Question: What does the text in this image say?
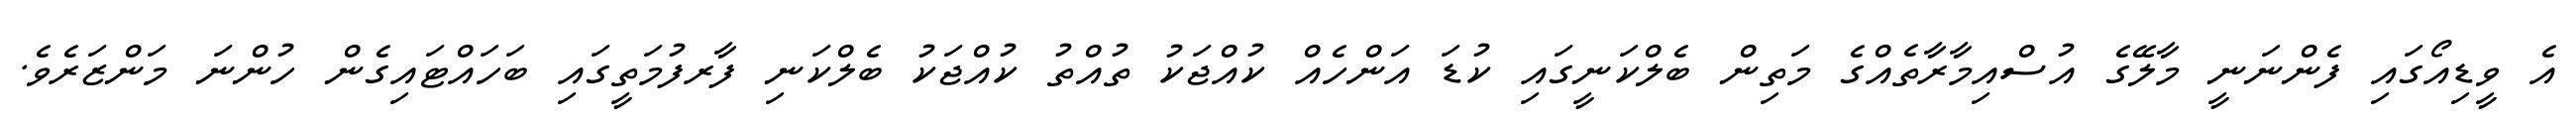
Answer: އެ ވީޑިއޯގައި ފެންނަނީ މާލޭގެ އުސްއިމާރާތެއްގެ މަތިން ބެލްކަނީގައި ކުޑަ އަންހެއް ކުއްޖަކު ތުއްތު ކުއްޖަކު ބެލްކަނި ފާރފުމަތީގައި ބަހައްޓައިގެން ހުންނަ މަންޒަރެވެ.